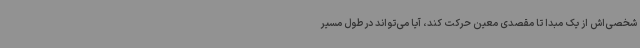
شخصی‌اش از یک مبدا تا مقصدی معین حرکت کند، آیا می‌تواند در طول مسیر